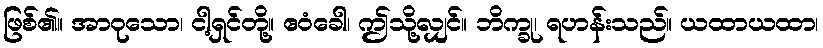
ဖြစ်၏။ အာဝုသော၊ ငါ့ရှင်တို့။ ဧဝံခေါ၊ ဤသို့လျှင်။ ဘိက္ခု၊ ရဟန်းသည်။ ယထာယထာ၊